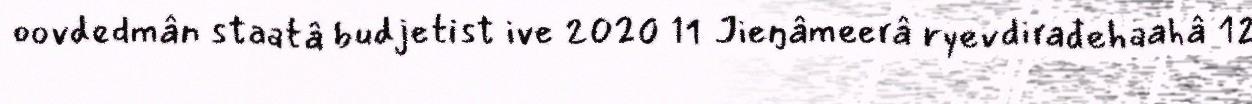
oovdedmân staatâ budjetist ive 2020 11 Jieŋâmeerâ ryevdirađehaahâ 12